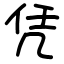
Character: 凭